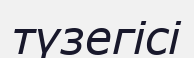
түзегісі